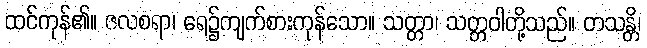
ထင်ကုန်၏။ ဇလစရာ၊ ရေ၌ကျက်စားကုန်သော။ သတ္တာ၊ သတ္တဝါတို့သည်။ တသန္တိ၊